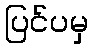
ပြင်ပမှ